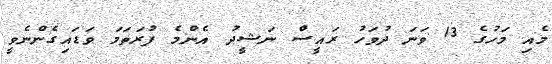
މެއި މަހުގެ 13 ވަނަ ދުވަހު ރައީސް ނަޝީދު އެންމެ ފުރަތަމަ ވަޑައިގެންނެވީ